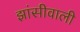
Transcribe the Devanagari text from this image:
झांसीवाली